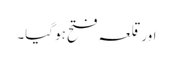
اور قلعہ فتح ہو گیا۔